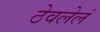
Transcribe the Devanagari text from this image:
ठेवलेलं